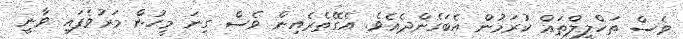
ވެސް ތަހްލީލްތައް ކުރަމުން އެބަގެންދެއެވެ. އެގޭތެރެއިން ވެސް ގިނަ މީހުން މަރުވެފައި ވާނީ